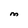
Character: M